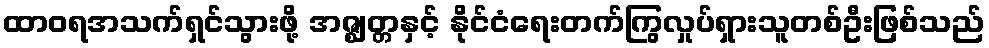
ထာဝရအသက်ရှင်သွားဖို့ အဇ္ဈတ္တနှင့် နိုင်ငံရေးတက်ကြွလှုပ်ရှားသူတစ်ဦးဖြစ်သည်